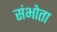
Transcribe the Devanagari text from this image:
संभोता